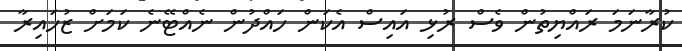
ކުރާނަމަ ރައްޔިތުން ވެސް ރުޅި އައިސް އެކަން ހައްދުން ނެއްޓޭނެ ކަމަށް ޒުހައިރާ